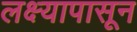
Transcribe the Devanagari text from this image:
लक्ष्यापासून